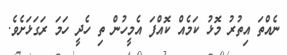
ނެއްތަ އިތުރު މޮޅު ކަމެއް ކޮއްފަ އެމީހުން ތި ހެދީ ހަމަ ރަގަޅަށެވެ.